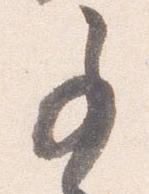
事